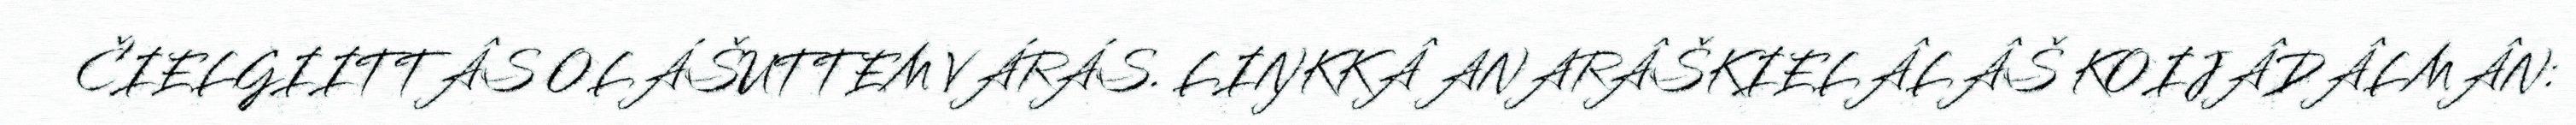
ČIELGIITTÂS OLÁŠUTTEM VÁRÁS. LIŊKKÂ ANARÂŠKIELÂLÂŠ KOIJÂDÂLMÂN: